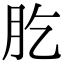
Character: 肐